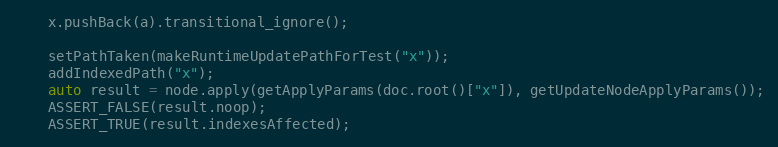
Language: C++
    x.pushBack(a).transitional_ignore();

    setPathTaken(makeRuntimeUpdatePathForTest("x"));
    addIndexedPath("x");
    auto result = node.apply(getApplyParams(doc.root()["x"]), getUpdateNodeApplyParams());
    ASSERT_FALSE(result.noop);
    ASSERT_TRUE(result.indexesAffected);